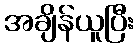
အချိန်ယူပြီး